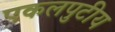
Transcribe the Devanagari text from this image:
एकलपुटीय